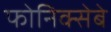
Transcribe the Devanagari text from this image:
फोनिक्सेबे